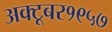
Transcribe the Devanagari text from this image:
अक्टूबर१९५७